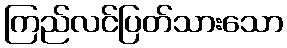
ကြည်လင်ပြတ်သားသော